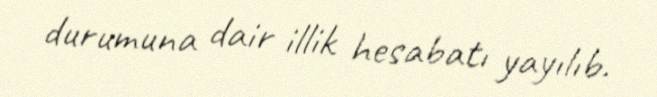
durumuna dair illik hesabatı yayılıb.